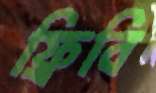
ফ্রিবি